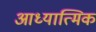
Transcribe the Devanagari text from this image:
आध्‍यात्मिक